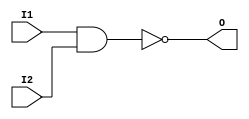
`timescale 1ns / 1ps

module NAND(
input I1,I2,
output reg O
    );
    
always @ (I1 or I2)
  begin
     O =~(I1&I2);
  end    
endmodule